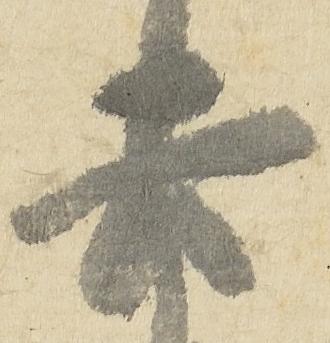
去